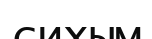
сихым